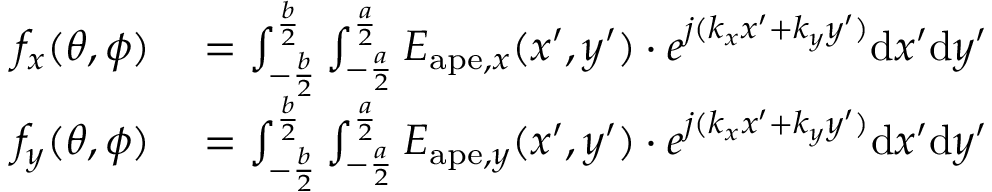
\begin{array} { r l } { f _ { x } ( \theta , \phi ) } & { { } = \int _ { - \frac { b } { 2 } } ^ { \frac { b } { 2 } } \int _ { - \frac { a } { 2 } } ^ { \frac { a } { 2 } } E _ { \mathrm { a p e } , x } ( x ^ { \prime } , y ^ { \prime } ) \cdot e ^ { j ( k _ { x } x ^ { \prime } + k _ { y } y ^ { \prime } ) } \mathrm { d } x ^ { \prime } \mathrm { d } y ^ { \prime } } \\ { f _ { y } ( \theta , \phi ) } & { { } = \int _ { - \frac { b } { 2 } } ^ { \frac { b } { 2 } } \int _ { - \frac { a } { 2 } } ^ { \frac { a } { 2 } } E _ { \mathrm { a p e } , y } ( x ^ { \prime } , y ^ { \prime } ) \cdot e ^ { j ( k _ { x } x ^ { \prime } + k _ { y } y ^ { \prime } ) } \mathrm { d } x ^ { \prime } \mathrm { d } y ^ { \prime } } \end{array}